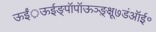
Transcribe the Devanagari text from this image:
ऊईं़ऊईङ्पॉपॉऊञ्ङ़़्क्षू७डंऑई॰